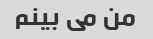
من می بینم